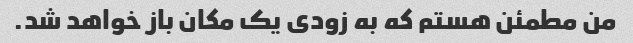
من مطمئن هستم که به زودی یک مکان باز خواهد شد.